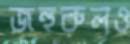
জহুরুলও